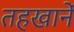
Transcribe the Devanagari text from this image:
तहखानें